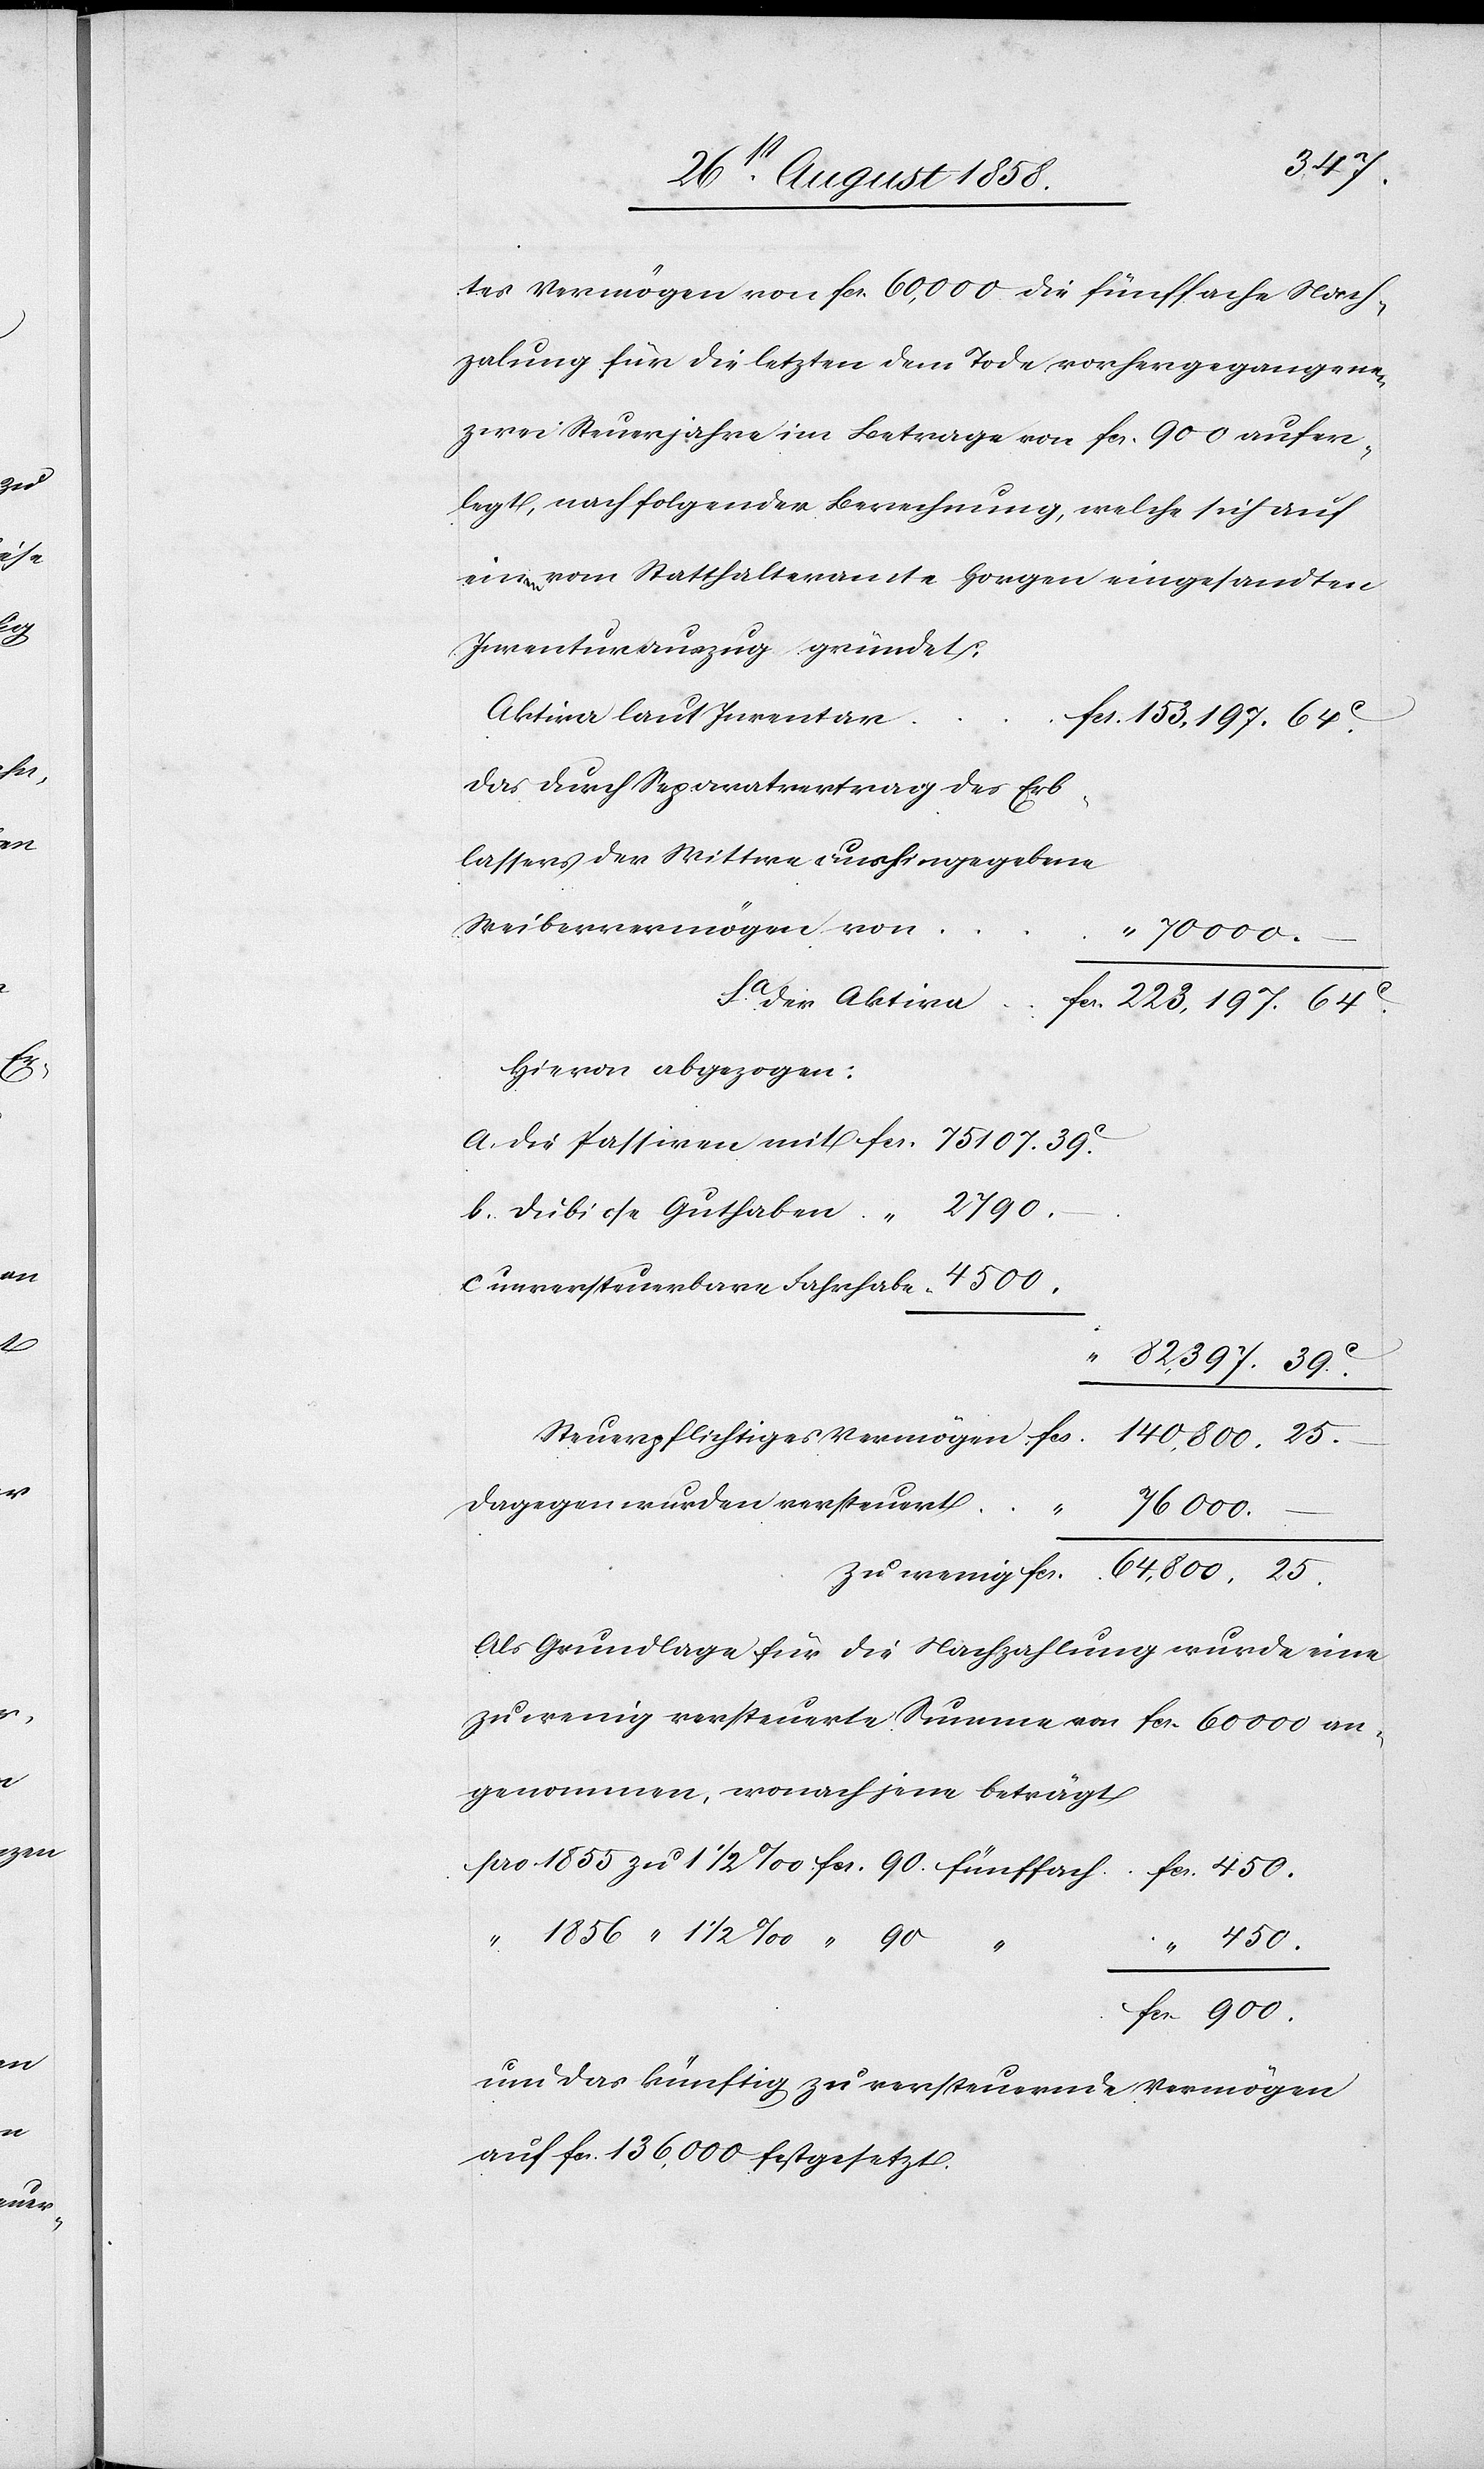
25.
c.

2790.
tes Vermögen von fcs. 60,000. die fünffache Nach¬
zahlung für die letzten dem Tode vorhergegangenen
zwei Steuerjahre im Betrage von fcs. 900 aufer¬
legt, nach folgender Berechnung, welche sich auf
einen vom Statthalteramte Horgen eingesandten
Inventurauszug gründet:
Aktiva laut Inventar
fcs. 223,197. 64C.
Das durch Separatvertrag des Erb¬
lassers der Wittwe aushingegebene
Weibervermögen von
Hievon abgezogen:
unversteuerbare Fahrhabe
“ 82,397. 39C.
Dagegen wurden versteuert
76 000. –
Als Grundlage für die Nachzahlung wurde eine
zu wenig versteuerte Summe von fcs. 60 000 an¬
genommen, wonach jene beträgt
pro 1855 zu 1 1/2 ‰ fcs. 90. fünffach
fcs. 450.
“ 1856 “ 1 1/2 ‰ “ 90
“ 450.
fcs. 900.
und das künftig zu versteuernde Vermögen
auf fcs. 136,000 festgesetzt.